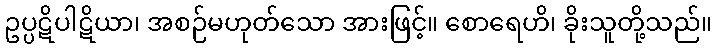
ဥပ္ပဋိပါဋိယာ၊ အစဉ်မဟုတ်သော အားဖြင့်။ စောရေဟိ၊ ခိုးသူတို့သည်။